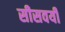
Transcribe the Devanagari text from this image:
सीसवयी